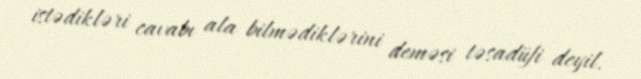
istədikləri cavabı ala bilmədiklərini deməsi təsadüfi deyil.